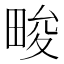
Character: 畯